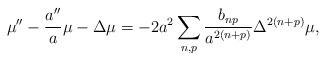
LaTeX: \begin{align*}\mu''-\frac{a''}{a}\mu-\Delta\mu= -2a^2\sum _{n,p}\frac{b_{np}}{a^{2(n+p)}}\Delta^{2(n+p)}\mu ,\end{align*}